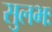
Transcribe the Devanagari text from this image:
सुलभः